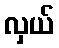
လှယ်